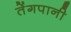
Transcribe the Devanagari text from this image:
तेंगपानी